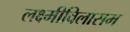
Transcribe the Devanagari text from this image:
लक्ष्मीविलासम